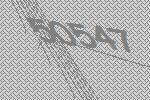
50547